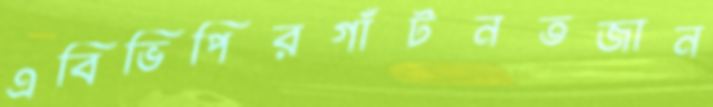
এবিভিপিরগাঁটনতজান